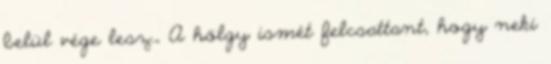
belül vége lesz.„ A hölgy ismét felcsattant, hogy neki